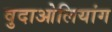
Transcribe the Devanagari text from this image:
वुदाओलियांग